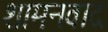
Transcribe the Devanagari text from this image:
शामनवाद